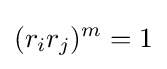
(r_{i}r_{j})^{m}=1